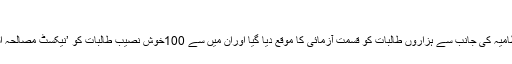
'
منہاس صغیر کا یہ بھی کہنا تھا کہ 'انتظامیہ کی جانب سے ہزاروں طالبات کو قسمت آزمائی کا موقع دیا گیا اوران میں سے 100خوش نصیب طالبات کو ’نیکسٹ مصالحہ اسٹار' کے اصل مقابلے کے لئے چنا گیا۔